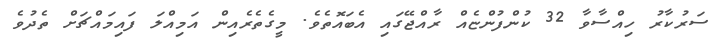
ސަރުކާރު ހިއްސާވާ 32 ކުންފުންޏެއް ރާއްޖޭގައި އެބައޮތެވެ. މީގެތެރެއިން އަމިއްލަ ފައިމައްޗަށް ތެދުވެ